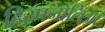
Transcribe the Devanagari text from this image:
हिस्पनोलिआ